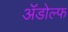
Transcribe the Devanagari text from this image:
ॲडोल्फ